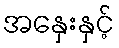
အနှေးနှင့်